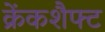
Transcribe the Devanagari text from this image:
क्रेंकशैफ्ट